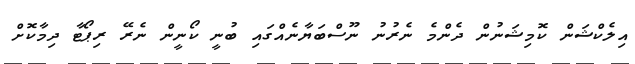
އިލެކްޝަން ކޮމިޝަނުން ދެންމެ ނެރުނު ނޫސްބަޔާނެއްގައި ބުނީ ކޯނީން ނެރޭ ރިޕޯޓާ ދިމާކޮށް